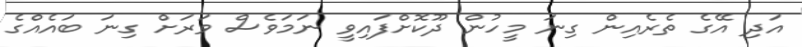
އަދި އޭގެ ތެރެއިން ގިނަ މީހުން ދޫކޮށްފައިވީ ނަމަވެސް ވަރަށް ގިނަ ބައެއްގެ